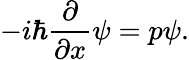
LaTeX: -i\hbar{\frac{\partial}{\partial x}}\psi=p\psi.